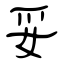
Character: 妥